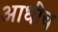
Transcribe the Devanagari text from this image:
आधींच